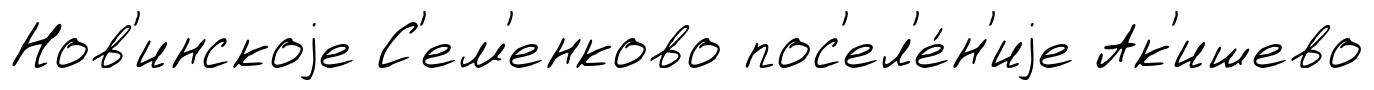
Нов'инскоjе С'ем'енково пос'ел'е́н'иjе Ак'ишево